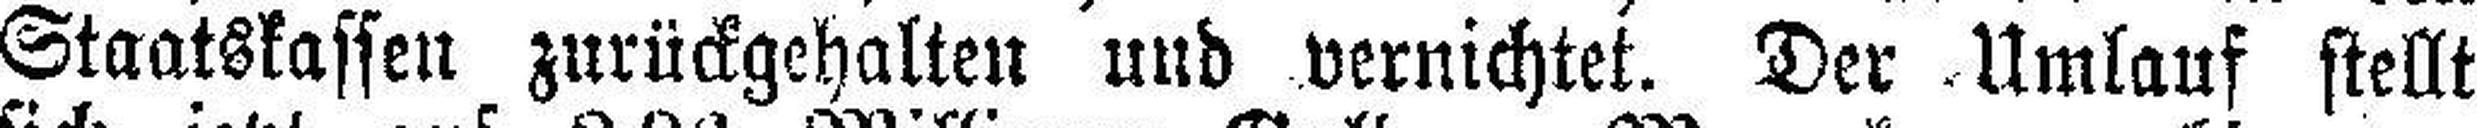
Staatskassen zurückgehalten und vernichtet. Der Umlauf stellt